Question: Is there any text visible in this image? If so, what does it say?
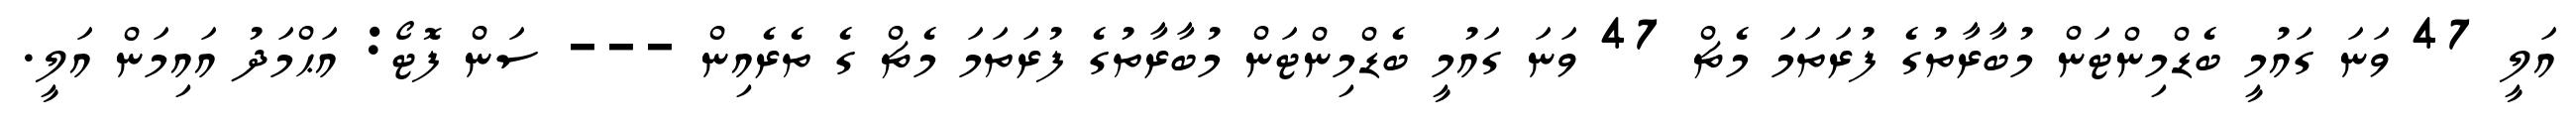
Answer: އަލީ 47 ވަނަ ގައުމީ ބެޑްމިންޓަން މުބާރާތުގެ ފުރަތަމަ މެޗް 47 ވަނަ ގައުމީ ބެޑްމިންޓަން މުބާރާތުގެ ފުރަތަމަ މެޗް ގެ ތެރެއިން --- ސަން ފޮޓޯ: އަޙްމަދު އައިމަން އަލީ.